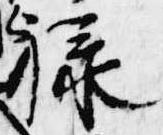
禄